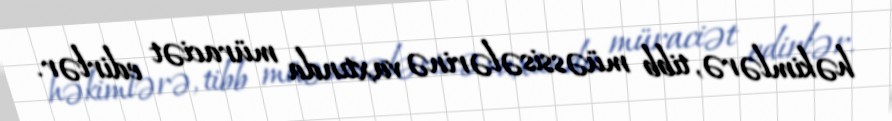
həkimlərə, tibb müəssisələrinə vaxtında müraciət edirlər.